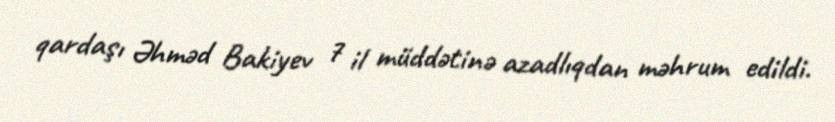
qardaşı Əhməd Bakiyev 7 il müddətinə azadlıqdan məhrum edildi.